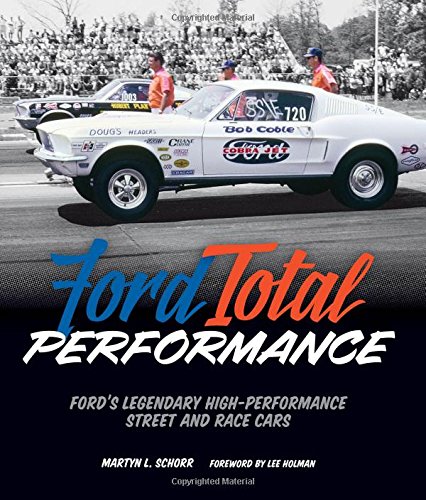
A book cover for Ford Total Performance: Ford's Legendary High-Performance Street and Race Cars; Martyn L. Schorr; Engineering & Transportation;